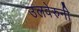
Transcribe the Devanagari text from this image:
उलवेरुनी